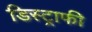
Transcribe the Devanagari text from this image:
डिस्ट्राफी